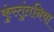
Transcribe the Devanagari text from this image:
कुंस्तुंतनिया